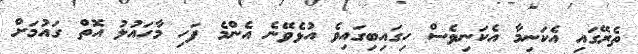
ތެރޭގައި އެކަނިމާ އެކަނިވެސް ހިގައިބިގައިވެ އުޅެވޭނެ އެންމެ ފަހި މާހައުލު އޮތް ގައުމަށް